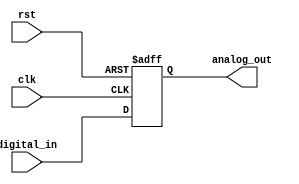
`timescale 1ns / 1ps
//////////////////////////////////////////////////////////////////////////////////
// Company: 
// Engineer: 
// 
// Design Name: 
// Module Name: DAC
// Project Name: 
// Target Devices: 
// Tool Versions: 
// Description: 
// 
// Dependencies: 
// 
// Revision:
// Revision 0.01 - File Created
// Additional Comments:
// 
//////////////////////////////////////////////////////////////////////////////////


module DAC (
    input clk,
    input rst,
    input [9:0] digital_in,
    output reg [9:0] analog_out
);
    always @(posedge clk or posedge rst) begin
        if (rst) begin
            analog_out <= 0;
        end else begin
            analog_out <= digital_in;  // Simplified DAC model for illustration
        end
    end
endmodule